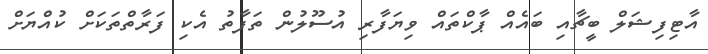
އާޓިފިޝަލް ބީޗާއި ބައެއް ޕާކްތައް ވިޔަފާރި އުސޫލުން ތަފާތު އެކި ފަރާތްތަކަށް ކުއްޔަށް